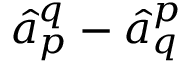
\hat { a } _ { p } ^ { q } - \hat { a } _ { q } ^ { p }